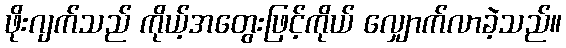
ဖိုးဂျက်သည် ကိုယ့်အတွေးဖြင့်ကိုယ် လျှောက်လာခဲ့သည်။